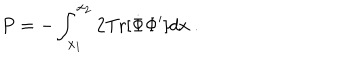
P = - \int _ { x _ { 1 } } ^ { x _ { 2 } } 2 \mathrm { T r } [ \dot { \Phi } \Phi ^ { \prime } ] d x \ .